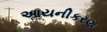
આયનીકરણ